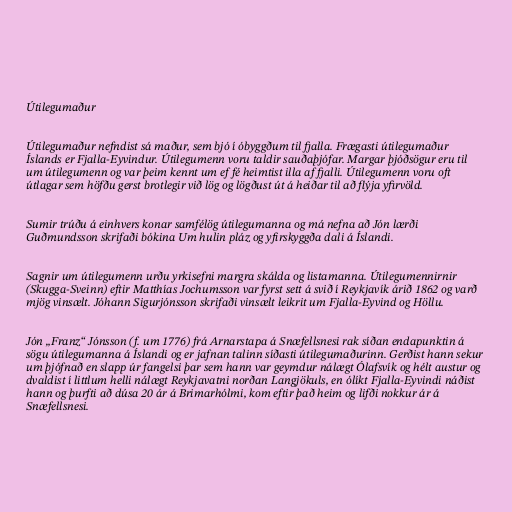
Útilegumaður

Útilegumaður nefndist sá maður, sem bjó í óbyggðum til fjalla. Frægasti útilegumaður
Íslands er Fjalla-Eyvindur. Útilegumenn voru taldir sauðaþjófar. Margar þjóðsögur eru til
um útilegumenn og var þeim kennt um ef fé heimtist illa af fjalli. Útilegumenn voru oft
útlagar sem höfðu gerst brotlegir við lög og lögðust út á heiðar til að flýja yfirvöld.

Sumir trúðu á einhvers konar samfélög útilegumanna og má nefna að Jón lærði
Guðmundsson skrifaði bókina Um hulin pláz og yfirskyggða dali á Íslandi.

Sagnir um útilegumenn urðu yrkisefni margra skálda og listamanna. Útilegumennirnir
(Skugga-Sveinn) eftir Matthías Jochumsson var fyrst sett á svið í Reykjavík árið 1862 og varð
mjög vinsælt. Jóhann Sigurjónsson skrifaði vinsælt leikrit um Fjalla-Eyvind og Höllu.

Jón „Franz“ Jónsson (f. um 1776) frá Arnarstapa á Snæfellsnesi rak síðan endapunktin á
sögu útilegumanna á Íslandi og er jafnan talinn síðasti útilegumaðurinn. Gerðist hann sekur
um þjófnað en slapp úr fangelsi þar sem hann var geymdur nálægt Ólafsvík og hélt austur og
dvaldist í littlum helli nálægt Reykjavatni norðan Langjökuls, en ólíkt Fjalla-Eyvindi náðist
hann og þurfti að dúsa 20 ár á Brimarhólmi, kom eftir það heim og lifði nokkur ár á
Snæfellsnesi.